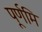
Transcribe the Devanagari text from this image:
पूर्णमि